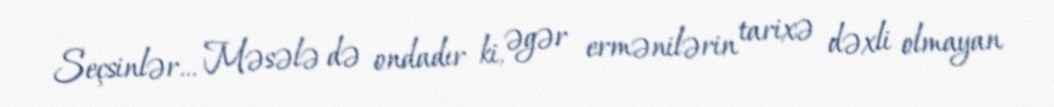
Seçsinlər... Məsələ də ondadır ki, əgər ermənilərin tarixə dəxli olmayan